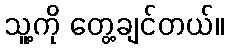
သူ့ကို တွေ့ချင်တယ်။